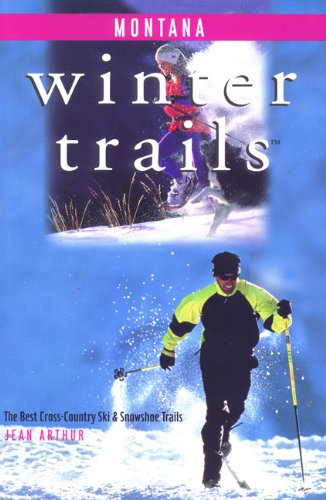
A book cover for Winter Trails Montana: The Best Cross-Country Ski & Snowshoe Trails (Winter Trails Series); Jean Arthur; Travel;